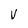
Character: V